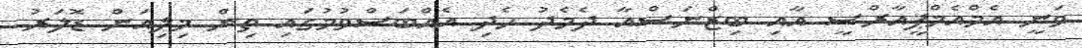
ވަނީ އެމްއެމްޕީއާރްސީ އާއި ބިޒްނަސްއާ ދެމެދު ހެދި އެއްބަސްވުމުގައި ތިން މިލިއަން ޑޮލަރު